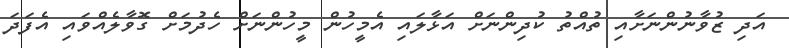
އަދި ޒުވާނުންނަށާއި ތުއްތު ކުދިންނަށް އަޅާލައި އެމީހުން މީހުންނަށް ހެދުމަށް ގޮވާލެއްވައި އެފަދަ